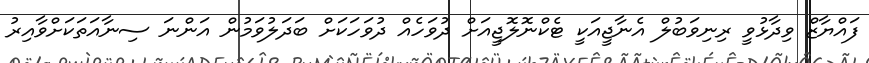
ފައްޔާޒް ވިދާޅުވީ ރިނިވަބުލް އެނާޖީއަކީ ޓެކްނޮލޮޖީއަށް ދުވަހެއް ދުވަހަކަށް ބަދަލުވަމުން އަންނަ ސިނާއަތަކަށްވާއިރު